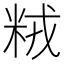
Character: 𫂽